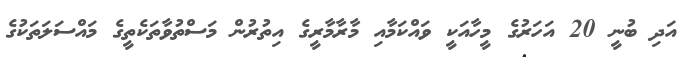
އަދި ބުނީ 20 އަހަރުގެ މީހާއަކީ ވައްކަމާއި މާރާމާރީގެ އިތުރުން މަސްތުވާތަކެތީގެ މައްސަލަތަކުގެ